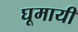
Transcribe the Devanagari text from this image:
घूमायी